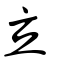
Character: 立